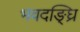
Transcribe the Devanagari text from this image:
भवदङ्घ्रि